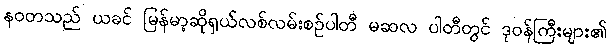
နဝတသည် ယခင် မြန်မာ့ဆိုရှယ်လစ်လမ်းစဉ်ပါတီ မဆလ ပါတီတွင် ဒုဝန်ကြီးများ၏